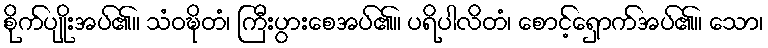
စိုက်ပျိုးအပ်၏။ သံဝဍ္ဎိတံ၊ ကြီးပွားစေအပ်၏။ ပရိပါလိတံ၊ စောင့်ရှောက်အပ်၏။ သော၊